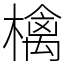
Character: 檎